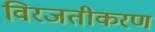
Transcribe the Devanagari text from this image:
विरजतीकरण